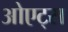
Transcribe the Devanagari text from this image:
ओएट्स